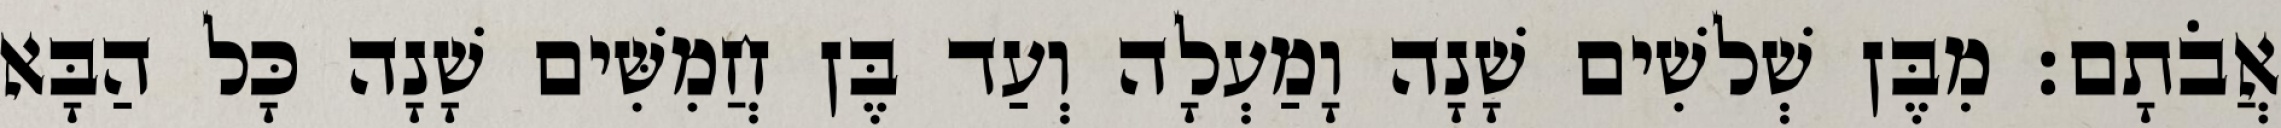
אֲבֹתָם׃ מִבֶּן שְׁלשִׁים שָׁנָה וָמַעְלָה וְעַד בֶּן חֲמִשִּׁים שָׁנָה כָּל הַבָּא